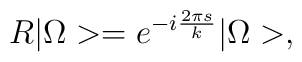
R|\Omega>=e^{-i\frac{2\pi s}{k}}|\Omega>,